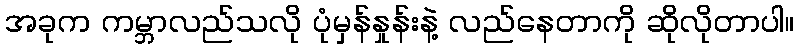
အခုက ကမ္ဘာလည်သလို ပုံမှန်နှုန်းနဲ့ လည်နေတာကို ဆိုလိုတာပါ။